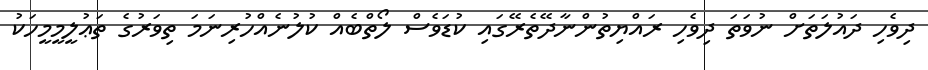
ދިވެހި ދައުލަތަށް ނުވަތަ ދިވެހި ރައްޔިތުންނާދޭތެރޭގައި ކުޑަވެސް ލޯތްބެއް ކުލުނެއްހުރިނަމަ ތިވަރުގެ ތަޢުލީމީމީހަކު